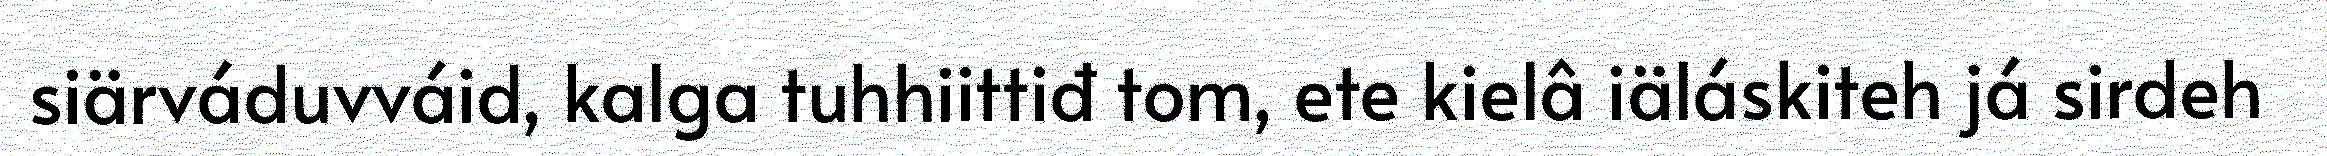
siärváduvváid, kalga tuhhiittiđ tom, ete kielâ iäláskiteh já sirdeh